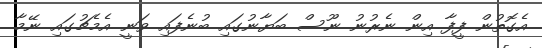
އެގޮތުން ފީފާ އިން ނެރުނު ނޫސް ބަޔާނުގައި ބުނެފައި ވަނީ އެމެޗުގައި ނޭމާ